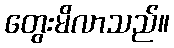
တွေးမိလာသည်။